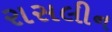
રાસલીન